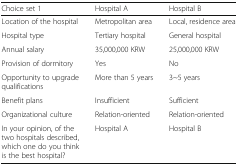
<table><thead><tr><td><b>Choice set 1</b></td><td><b>Hospital A</b></td><td><b>Hospital B</b></td></tr></thead><tbody><tr><td>Location of the hospital</td><td>Metropolitan area</td><td>Local, residence area</td></tr><tr><td>Hospital type</td><td>Tertiary hospital</td><td>General hospital</td></tr><tr><td>Annual salary</td><td>35,000,000 KRW</td><td>25,000,000 KRW</td></tr><tr><td>Provision of dormitory</td><td>Yes</td><td>No</td></tr><tr><td>Opportunity to upgrade qualifications</td><td>More than 5 years</td><td>3~5 years</td></tr><tr><td>Benefit plans</td><td>Insufficient</td><td>Sufficient</td></tr><tr><td>Organizational culture</td><td>Relation-oriented</td><td>Relation-oriented</td></tr><tr><td>In your opinion, of the two hospitals described, which one do you think is the best hospital?</td><td>Hospital A</td><td>Hospital B</td></tr></tbody></table>